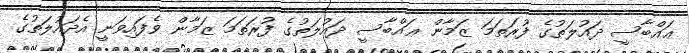
ޢައްބާސީ ދައުލަތުގެ ފުރަތަމަ ޒަމާން ޢައްބާސީ ދައުލަތުގެ ފުރަތަމަ ޒަމާން ވެފައިވަނީ އެދައުލަތުގެ